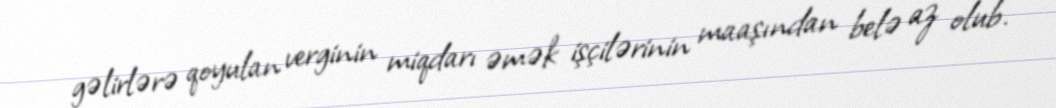
gəlirlərə qoyulan verginin miqdarı əmək işçilərinin maaşından belə az olub.